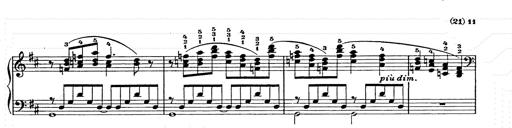
Title: Ballade No.2
Composer: Jan Skrzydlewski
Key: B minor